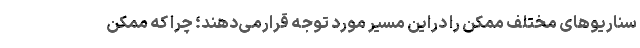
سناریوهای مختلف ممکن را دراین مسیر مورد توجه قرارمی‌دهند؛ چرا که ممکن